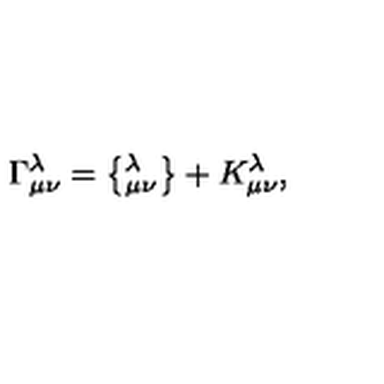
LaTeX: \Gamma _ { \mu \nu } ^ { \lambda } = \left\{ _ { \mu \nu } ^ { \lambda } \right\} + K _ { \mu \nu } ^ { \lambda } ,